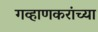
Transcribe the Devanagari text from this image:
गव्हाणकरांच्या